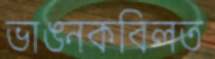
ভাঙনকবিলত